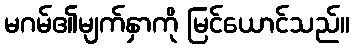
မဂမ်၏မျက်နှာကို မြင်ယောင်သည်။